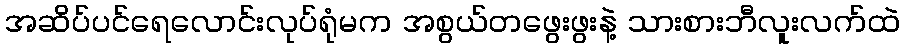
အဆိပ်ပင်ရေလောင်းလုပ်ရုံမက အစွယ်တဖွေးဖွးနဲ့ သားစားဘီလူးလက်ထဲ